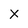
Character: X